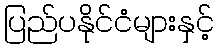
ပြည်ပနိုင်ငံများနှင့်